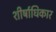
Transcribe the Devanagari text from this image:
शीर्षाधिकार